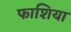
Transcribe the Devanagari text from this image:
फाशिया